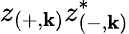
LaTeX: z_{\left(+,\mathbf{k}\right)}z_{\left(-,\mathbf{k}\right)}^{*}